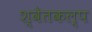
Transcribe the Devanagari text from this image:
श्वेतकल्प